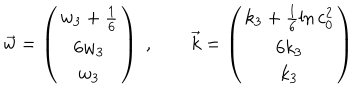
\vec { w } = \left( \begin{array} { c } { { w _ { 3 } + \frac { 1 } { 6 } } } \\ { { 6 w _ { 3 } } } \\ { { w _ { 3 } } } \\ \end{array} \right) \; , \qquad \vec { k } = \left( \begin{array} { c } { { k _ { 3 } + \frac { 1 } { 6 } \ln c _ { 0 } ^ { 2 } } } \\ { { 6 k _ { 3 } } } \\ { { k _ { 3 } } } \\ \end{array} \right)